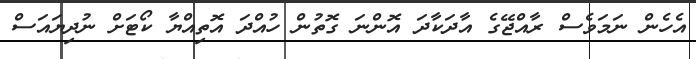
އެހެން ނަމަވެސް ރާއްޖޭގެ އާދަކާދަ އޮންނަ ގޮތުން ހުއްދަ އޮތިއްޔާ ކޯޓަށް ނުދިޔައަސް